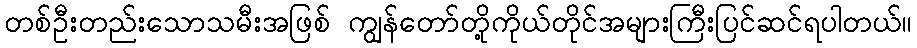
တစ်ဦးတည်းသောသမီးအဖြစ် ကျွန်တော်တို့ကိုယ်တိုင်အများကြီးပြင်ဆင်ရပါတယ်။